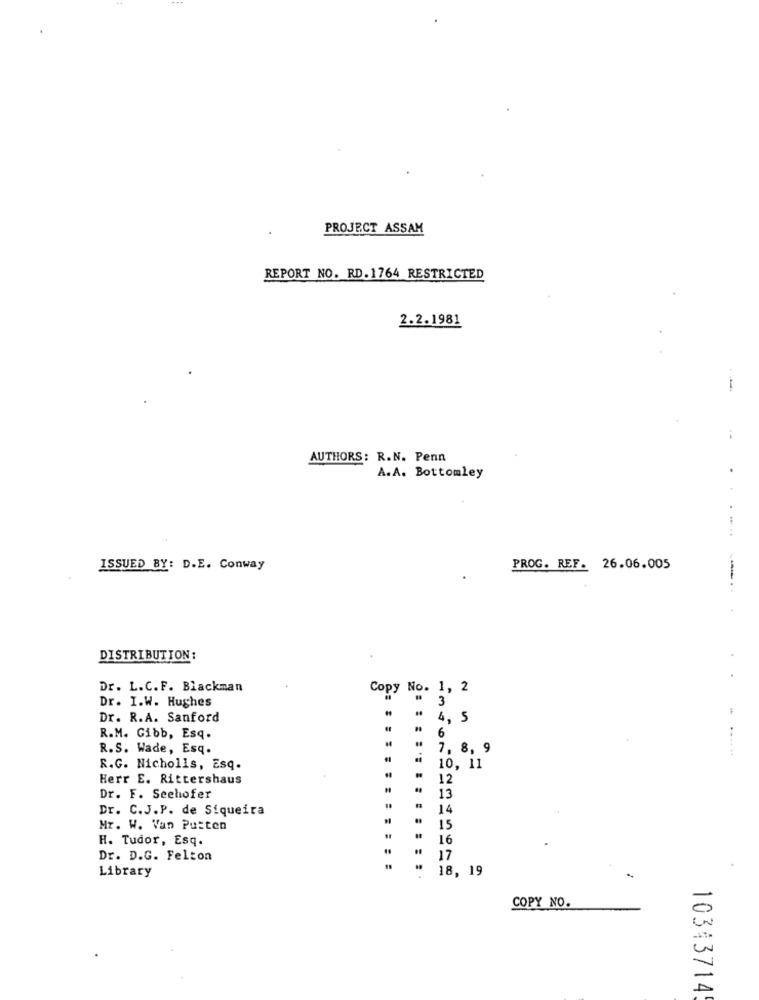
PROJECT ASSAM
REPORT NO. RD.1764 RESTRICTED
2.2.1981
--
AUTHORS: R.N. Penn
A.A. Bottomley
....
ISSUED BY: D.E. Conway
PROG. REF. 26.06.005
DISTRIBUTION:
Dr. L.C. F. Blackman
Copy No. 1, 2
Dr. I.W. Hughes
3
Dr. R.A. Sanford
4, 5
6
R.M. Gibb, Esq.
R.S. Wade, Esq.
7, 8, 9
......
R.G. Nicholls, Esq.
10, 11
Herr E. Rittershaus
12
Dr. F. Seehofer
13
Dr. C.J.P. de Siqueira
14
Mr. W. Van Putten
15
H. Tudor, Esq.
16
Dr. D.G. Felton
17
Library
18, 19
COPY NO.
10343714